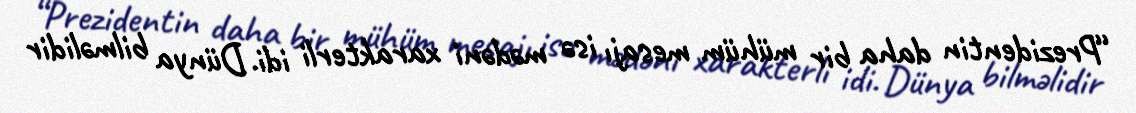
“Prezidentin daha bir mühüm mesajı isə mədəni xarakterli idi. Dünya bilməlidir